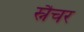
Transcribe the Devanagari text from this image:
स्नैचर